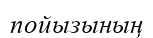
пойызының